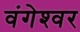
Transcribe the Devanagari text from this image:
वंगेश्‍वर